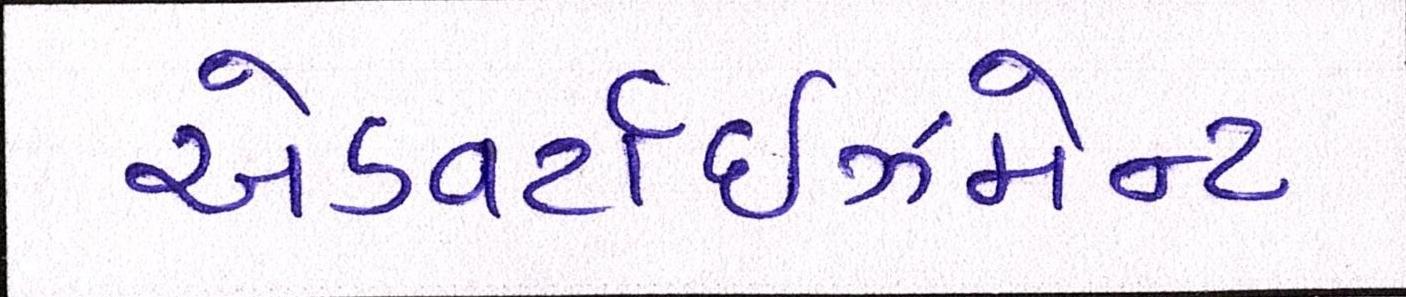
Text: એડવર્ટાઇઝમેન્ટ